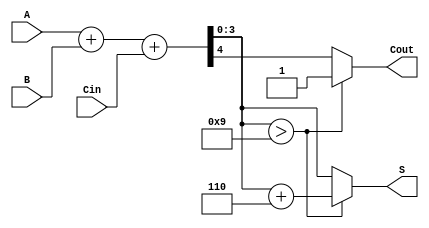
module BCD_Hybrid_Adder (
    input [3:0] A,      // 4-bit BCD input A
    input [3:0] B,      // 4-bit BCD input B
    input Cin,          // Carry-in input
    output reg [3:0] S, // 4-bit BCD output
    output reg Cout     // Carry-out output
);

    wire [4:0] Sum;     // 5-bit sum to accommodate carry
    wire correction;     // Signal to indicate if correction is needed

    // Binary addition of A, B, and Cin
    assign Sum = A + B + Cin;

    // Determine if correction is needed (if Sum > 9)
    assign correction = Sum[3:0] > 4'b1001;

    always @(*) begin
        if (correction) begin
            // Apply correction by adding 6 (0110)
            S = Sum + 5'b00110; // Add 6 to the sum
            Cout = 1;           // Set carry-out
        end else begin
            S = Sum[3:0];       // No correction needed
            Cout = Sum[4];      // Carry-out is the 5th bit of Sum
        end
    end

endmodule